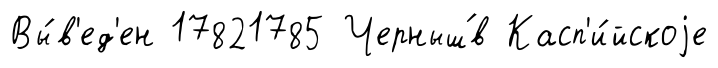
Вы́в'ед'ен 17821785 Черныш́в Касп'и́йскоjе